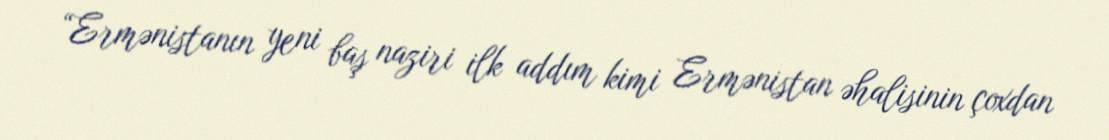
“Ermənistanın yeni baş naziri ilk addım kimi Ermənistan əhalisinin çoxdan